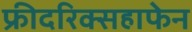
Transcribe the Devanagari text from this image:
फ्रीदरिक्सहाफेन